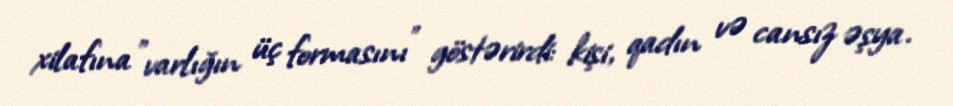
xilafına "varlığın üç formasını" göstərirdi: kişi, qadın və cansız əşya.